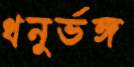
ধনুর্ভঙ্গ